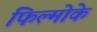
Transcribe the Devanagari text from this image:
फिल्मोके